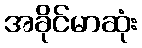
အခိုင်မာဆုံး